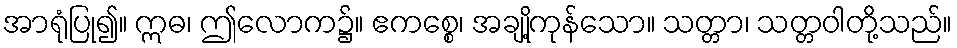
အာရုံပြု၍။ ဣဓ၊ ဤလောက၌။ ဧကစ္စေ၊ အချို့ကုန်သော။ သတ္တာ၊ သတ္တဝါတို့သည်။